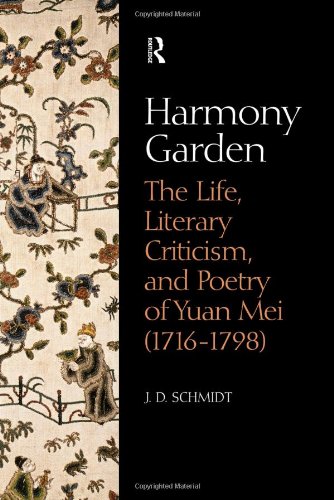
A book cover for Harmony Garden: The Life, Literary Criticism, and Poetry of Yuan Mei (1716-1798); J. D. Schmidt; Biographies & Memoirs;